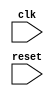
module behavioral_modeling_block (
    input wire clk,
    input wire reset,
    // other input/output declarations
);

// other variable declarations

always @(posedge clk or negedge reset) begin
    if (reset == 1'b0) begin
        // reset behavior implementation
    end else begin
        // functional behavior implementation
    end
end

// other logic implementations

endmodule